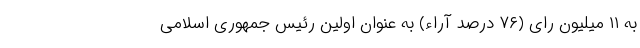
به ۱۱ میلیون رای (۷۶ درصد آراء) به عنوان اولین رئیس جمهوری اسلامی